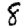
Digit: 8